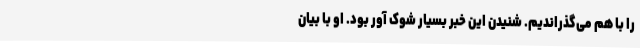
را با هم می‌گذراندیم. شنیدن این خبر بسیار شوک آور بود. او با بیان